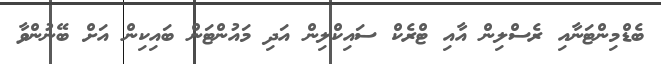
ބެޑްމިންޓަނާއި ރެސްލިން އާއި ޓްރެކް ސައިކްލިން އަދި މައުންޓަން ބައިކިން އަށް ބޭނުންވާ